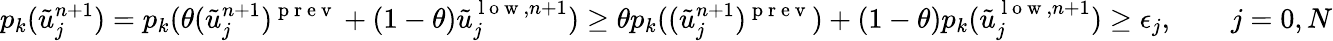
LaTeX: p_{k}(\tilde{u}_{j}^{n+1})=p_{k}(\theta(\tilde{u}_{j}^{n+1})^{\mathrm{~p~r~e~v~}}+(1-\theta)\tilde{u}_{j}^{\mathrm{~l~o~w~},n+1})\ge\theta p_{k}((\tilde{u}_{j}^{n+1})^{\mathrm{~p~r~e~v~}})+(1-\theta)p_{k}(\tilde{u}_{j}^{\mathrm{~l~o~w~},n+1})\ge\epsilon_{j},\qquad j=0,N